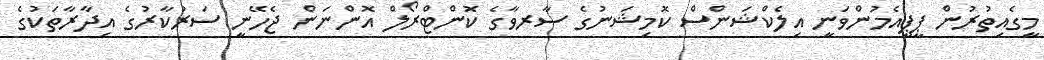
މީގެއިތުރުން ޕީޕީއެމުންވަނީ އިލެކްޝަންސް ކޮމިޝަނުގެ ސާރވާގެ ކޮންޓްރޯލް އޮންނަން ޖެހޭނީ ސަރުކާރުގެ އިދާރާތަކުގެ